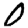
Digit: 0